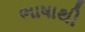
ભાષાથી